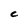
Character: C